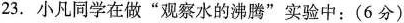
23.小凡同学在做”观察水的沸腾”实验中：（6分）